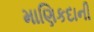
માણિકદાની